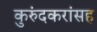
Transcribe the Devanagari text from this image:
कुरुंदकरांसह